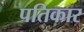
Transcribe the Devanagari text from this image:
पतिकार